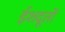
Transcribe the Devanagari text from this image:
ईशदूतों